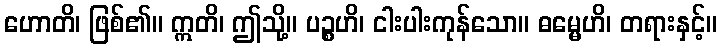
ဟောတိ၊ ဖြစ်၏။ ဣတိ၊ ဤသို့။ ပဉ္စဟိ၊ ငါးပါးကုန်သော။ ဓမ္မေဟိ၊ တရားနှင့်။